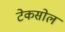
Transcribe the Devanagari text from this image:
टेकसोल